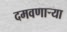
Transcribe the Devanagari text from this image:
दमवणाऱ्या